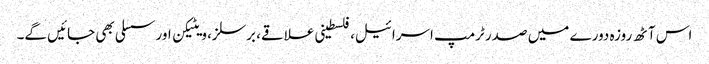
اس آٹھ روزہ دورے میں صدر ٹرمپ اسرائیل، فلسطینی علاقے، برسلز، ویٹیکن اور سسلی بھی جائیں گے۔